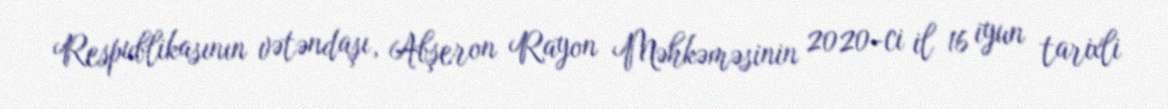
Respublikasının vətəndaşı, Abşeron Rayon Məhkəməsinin 2020-ci il 16 iyun tarixli